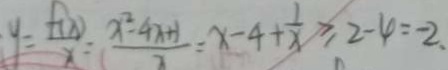
y = \frac { f ( x ) } { x } = \frac { x ^ { 2 } - 4 x + 1 } { x } = x - 4 + \frac { 1 } { x } \geq 2 - 4 = - 2 .